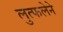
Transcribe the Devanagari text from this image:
लुत्फलेने